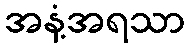
အနံ့အရသာ